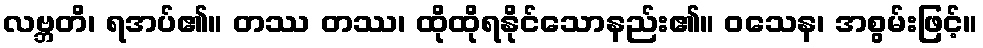
လဗ္ဘတိ၊ ရအပ်၏။ တဿ တဿ၊ ထိုထိုရနိုင်သောနည်း၏။ ဝသေန၊ အစွမ်းဖြင့်။